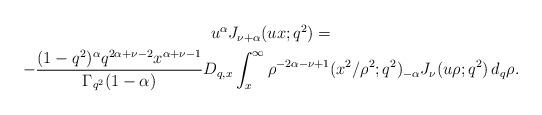
LaTeX: \begin{align*}\begin{gathered} u^\alpha J_{\nu+\alpha}(ux; q^2)= \\-\frac{(1-q^2)^{\alpha}q^{2\alpha+\nu-2}x^{\alpha+\nu-1}}{\Gamma_{q^2}(1-\alpha )} D_{q,x} \int_x^\infty \rho^{-2\alpha-\nu+1} ({x^2}/{\rho^2}; q^2)_{-\alpha} J_\nu (u\rho; q^2) \,d_q \rho. \end{gathered} \end{align*}